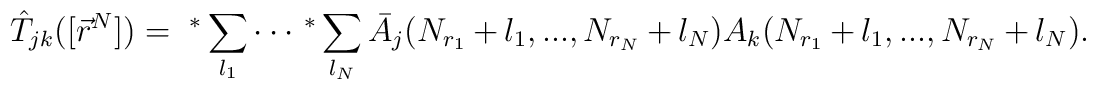
\hat T_{jk}([\vec r^N])=\ ^*\sum_{l_1}\cdot\cdot\cdot\ ^*\sum_{l_N} \bar A_j(N_{r_1}+l_1,...,N_{r_N}+l_N)                                A_k(N_{r_1}+l_1,...,N_{r_N}+l_N).